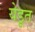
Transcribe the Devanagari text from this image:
येडूत